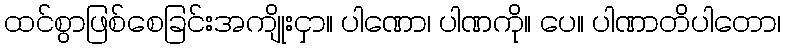
ထင်စွာဖြစ်စေခြင်းအကျိုးငှာ။ ပါဏော၊ ပါဏကို။ ပေ။ ပါဏာတိပါတော၊